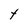
Character: t